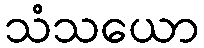
သံသယော